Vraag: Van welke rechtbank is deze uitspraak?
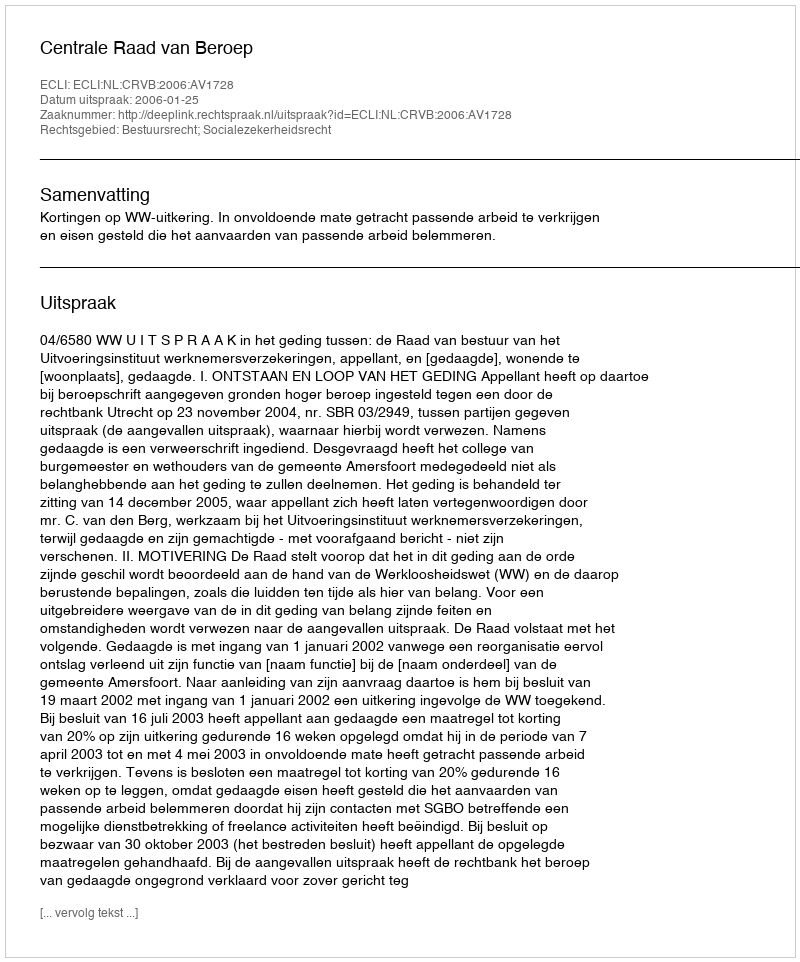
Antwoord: Centrale Raad van Beroep